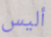
أليس